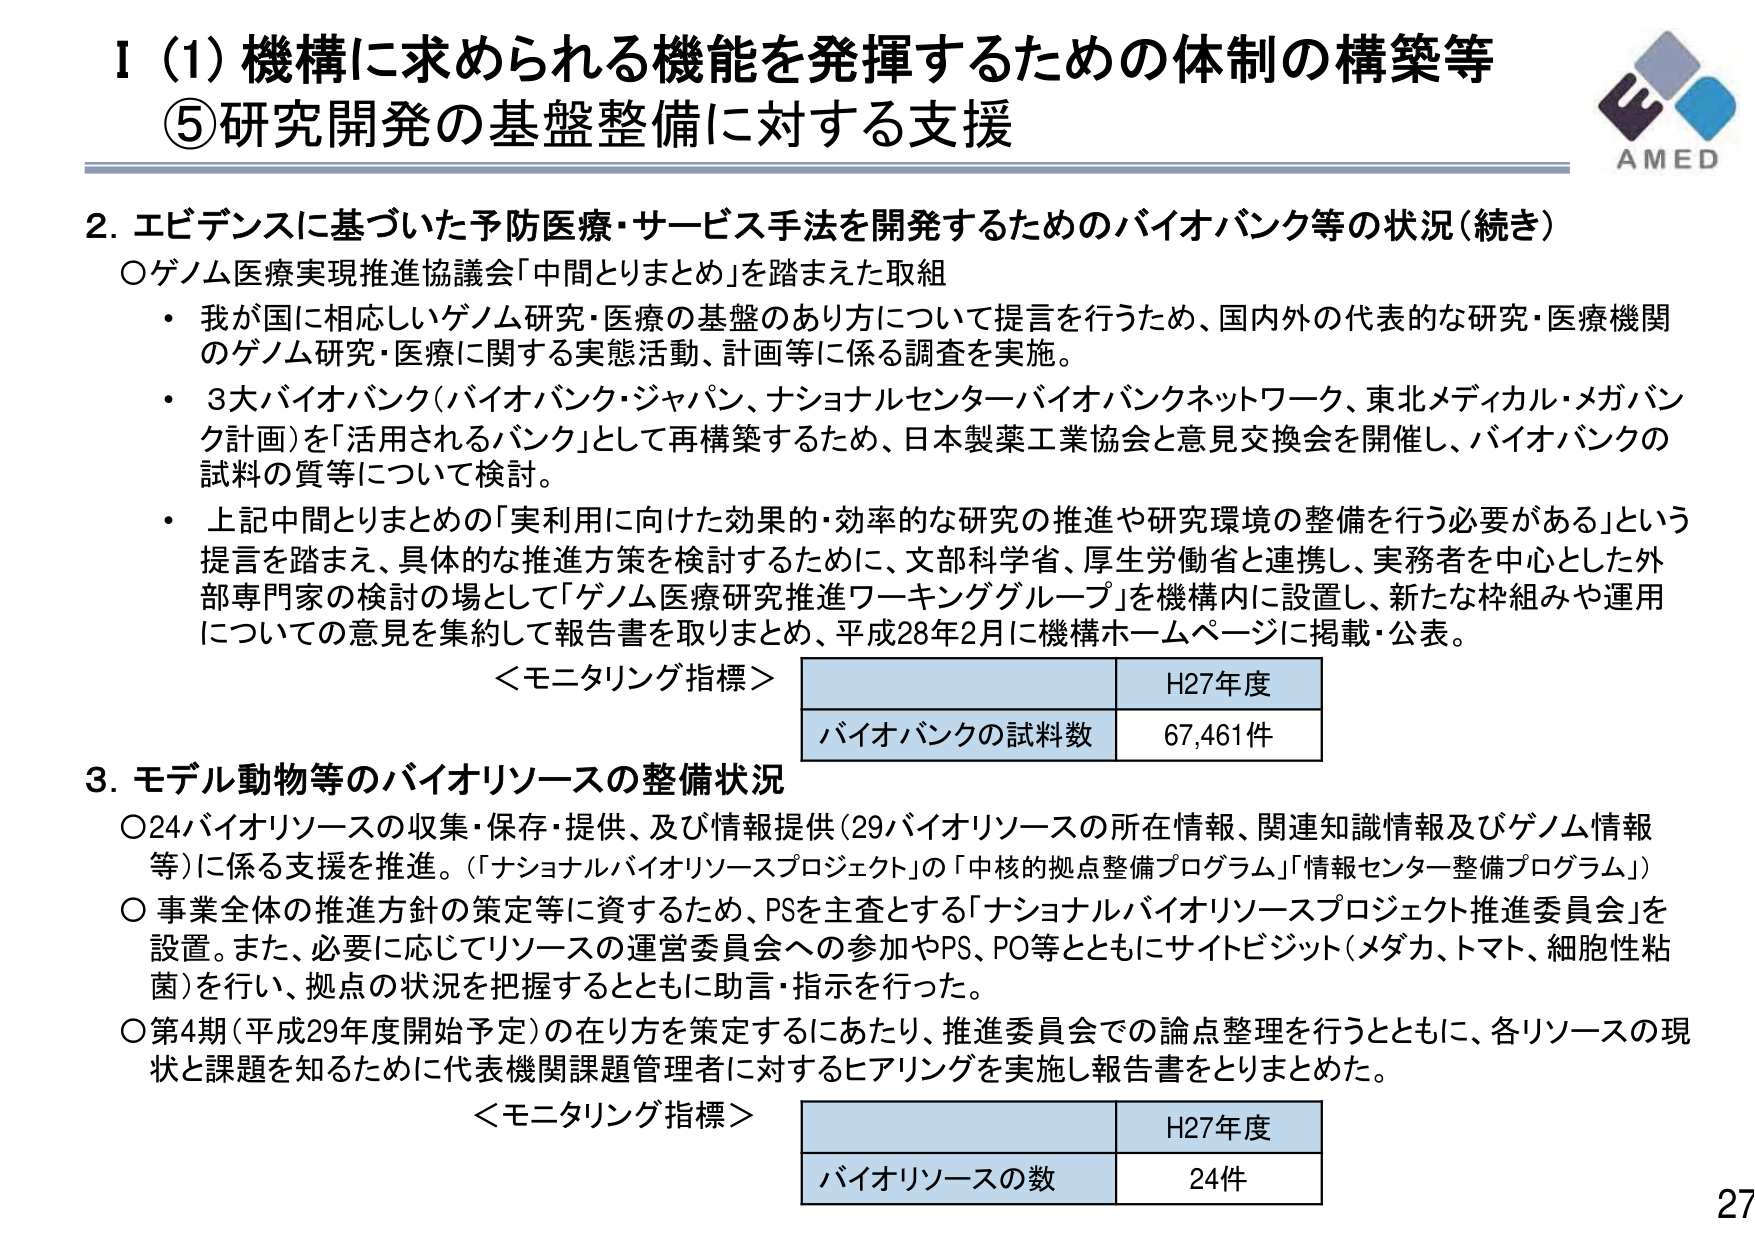
Ⅰ（1）機構に求められる機能を発揮するための体制の構築等
⑤研究開発の基盤整備に対する支援

2. エビデンスに基づいた予防医療・サービス手法を開発するためのバイオバンク等の状況（続き）
〇ゲノム医療実現推進協議会「中間とりまとめ」を踏まえた取組
・我が国に相応しいゲノム研究・医療の基盤のあり方について提言を行うため、国内外の代表的な研究・医療機関のゲノム研究・医療に関する実態活動、計画等に係る調査を実施。
・3大バイオバンク（バイオバンク・ジャパン、ナショナルセンターバイオバンクネットワーク、東北メディカル・メガバンク計画）を「活用されるバンク」として再構築するため、日本製薬工業協会と意見交換会を開催し、バイオバンクの試料の質等について検討。
・上記中間とりまとめの「実利用に向けた効果的・効率的な研究の推進や研究環境の整備を行う必要がある」という提言を踏まえ、具体的な推進方策を検討するために、文部科学省、厚生労働省と連携し、実務者を中心とした外部専門家の検討の場として「ゲノム医療研究推進ワーキンググループ」を機構内に設置し、新たな枠組みや運用についての意見を集約して報告書を取りまとめ、平成28年2月に機構ホームページに掲載・公表。

＜モニタリング指標＞
H27年度
バイオバンクの試料数　67,461件

3. モデル動物等のバイオリソースの整備状況
〇24バイオリソースの収集・保存・提供、及び情報提供（29バイオリソースの所在情報、関連知識情報及びゲノム情報等）に係る支援を推進。（「ナショナルバイオリソースプロジェクト」の「中核的拠点整備プログラム」「情報センター整備プログラム」）
〇事業全体の推進方針の策定等に資するため、PSを主査とする「ナショナルバイオリソースプロジェクト推進委員会」を設置。また、必要に応じてリソースの運営委員会への参加やPS、PO等とともにサイトビジット（メダカ、トマト、細胞性粘菌）を行い、拠点の状況を把握するとともに助言・指示を行った。
〇第4期（平成29年度開始予定）の在り方を策定するにあたり、推進委員会での論点整理を行うとともに、各リソースの現状と課題を知るために代表機関課題管理者に対するヒアリングを実施し報告書をとりまとめた。

＜モニタリング指標＞
H27年度
バイオリソースの数　24件

AMED
27